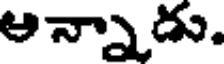
ఆన్నాడు.